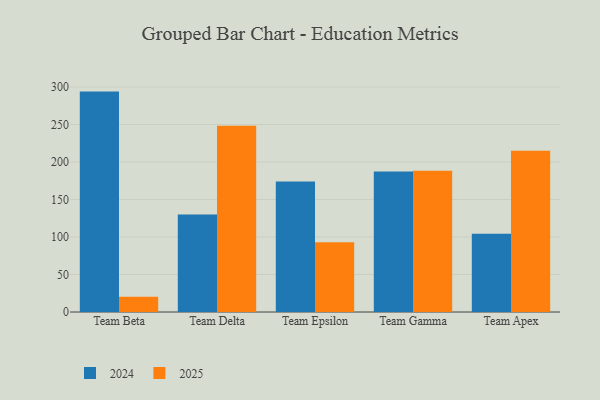
{"axis": {"x": "Team", "y": "Active Users"}, "legend": ["2024", "2025"], "data": [{"x": "Team Beta", "y": 293.9, "type": "2024"}, {"x": "Team Beta", "y": 20.3, "type": "2025"}, {"x": "Team Delta", "y": 130.1, "type": "2024"}, {"x": "Team Delta", "y": 248.5, "type": "2025"}, {"x": "Team Epsilon", "y": 173.9, "type": "2024"}, {"x": "Team Epsilon", "y": 93.1, "type": "2025"}, {"x": "Team Gamma", "y": 187.5, "type": "2024"}, {"x": "Team Gamma", "y": 188.5, "type": "2025"}, {"x": "Team Apex", "y": 104.5, "type": "2024"}, {"x": "Team Apex", "y": 214.9, "type": "2025"}]}